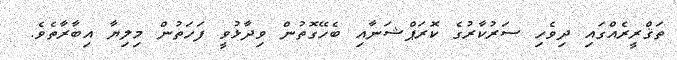
ތަޤްރީރެއްގައި ދިވެހި ސަރުކާރުގެ ކޮރަޕްޝަނާއި ބެހޭގޮތުން ވިދާޅުވީ ފަހަތުން މިލިޔާ އިބާރާތެވެ.